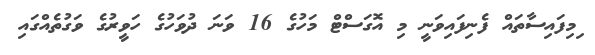
ިމިފައިސާތައް ފެނިފައިވަނީ މި އޮގަސްޓް މަހުގެ 16 ވަނަ ދުވަހުގެ ހަވީރުގެ ވަގުތެއްގައި